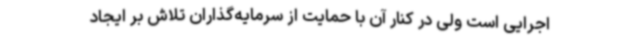
اجرایی است ولی در کنار آن با حمایت از سرمایه‌گذاران تلاش بر ایجاد